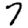
Digit: 7